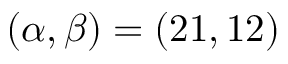
( \alpha , \beta ) = ( 2 1 , 1 2 )